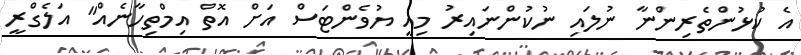
އެ ކުޅުންތެރިންނާ ނުލައި ނުކުންނައިރު މިއީ ޔުވެންޓަސް އަށް އޮތް އިމްތިހާނެއް" އަލެގްރީ